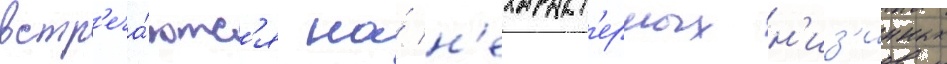
встр'еча́ютс'я на́ н'ехаракт'ерных н'из'инных